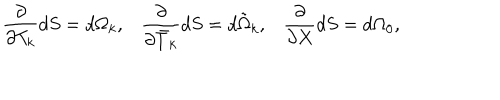
\frac { \partial } { \partial T _ { k } } d S = d \Omega _ { k } , \frac { \partial } { \partial \bar { T } _ { k } } d S = d \tilde { \Omega } _ { k } , \frac { \partial } { \partial X } d S = d \Omega _ { 0 } ,